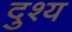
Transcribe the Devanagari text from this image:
दुश्‍य